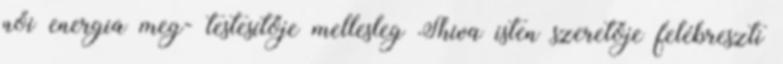
női energia meg- testesítője mellesleg Shiva isten szeretője felébreszti